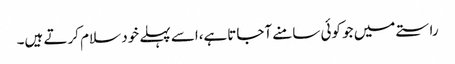
راستے میں جو کوئی سامنے آجاتاہے،اسے پہلے خود سلام کرتے ہیں۔